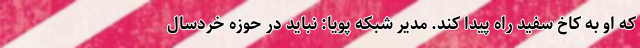
که او به کاخ سفید راه پیدا کند. مدیر شبکه پویا: نباید در حوزه خردسال